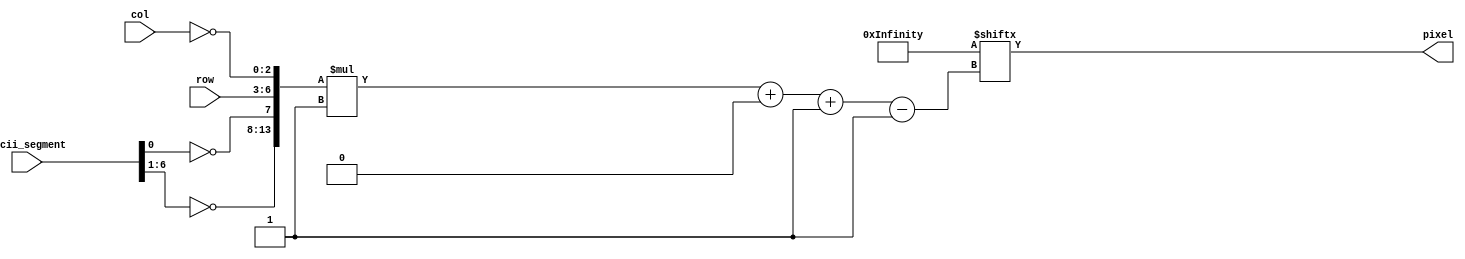
/*
   This file was generated automatically by Alchitry Labs version 1.1.5.
   Do not edit this file directly. Instead edit the original Lucid source.
   This is a temporary file and any changes made to it will be destroyed.
*/

module vga_0816_rom_007f_28 (
    input [6:0] ascii_segment,
    input [3:0] row,
    input [2:0] col,
    output reg pixel
  );
  
  
  
  localparam ROM007F = 16384'h00000000000000000000000000000000000000007e818199bd8181a5817e0000000000007effffe7c3ffffdbff7e00000000000010387cfefefefe6c00000000000000000010387cfe7c381000000000000000003c1818e7e7e73c3c18000000000000003c18187effff7e3c18000000000000000000183c3c18000000000000ffffffffffffe7c3c3e7ffffffffffff00000000003c664242663c0000000000ffffffffffc399bdbd99c3ffffffffff0000000078cccccccc78321a0e1e00000000000018187e183c666666663c000000000000e0f070303030303f333f0000000000c0e6e767636363637f637f0000000000001818db3ce73cdb18180000000000000080c0e0f0f8fef8f0e0c080000000000002060e1e3efe3e1e0e0602000000000000183c7e1818187e3c18000000000000666600666666666666660000000000001b1b1b1b1b7bdbdbdb7f00000000007cc60c386cc6c66c3860c67c0000000000fefefefe0000000000000000000000007e183c7e1818187e3c18000000000000181818181818187e3c18000000000000183c7e181818181818180000000000000000180cfe0c1800000000000000000000003060fe60300000000000000000000000fec0c0c00000000000000000000000002466ff662400000000000000000000fefe7c7c3838100000000000000000001038387c7cfefe0000000000000000000000000000000000000000000000001818001818183c3c3c18000000000000000000000000002466666600000000006c6cfe6c6c6cfe6c6c000000000018187cc68606067cc0c2c67c18180000000086c66030180cc6c2000000000000000076ccccccdc76386c6c38000000000000000000000000006030303000000000000c18303030303030180c00000000000030180c0c0c0c0c0c18300000000000000000663cff3c66000000000000000000000018187e181800000000000000003018181800000000000000000000000000000000007e00000000000000000000001818000000000000000000000000000080c06030180c060200000000000000007cc6c6e6f6decec6c67c0000000000007e181818181818783818000000000000fec6c06030180c06c67c0000000000007cc60606063c0606c67c0000000000001e0c0c0cfecc6c3c1c0c0000000000007cc6060606fcc0c0c0fe0000000000007cc6c6c6c6fcc0c0603800000000000030303030180c0606c6fe0000000000007cc6c6c6c67cc6c6c67c000000000000780c0606067ec6c6c67c0000000000000018180000001818000000000000000030181800000018180000000000000000060c18306030180c06000000000000000000007e00007e0000000000000000006030180c060c183060000000000000001818001818180cc6c67c0000000000007cc0dcdededec6c6c67c000000000000c6c6c6c6fec6c66c3810000000000000fc666666667c666666fc0000000000003c66c2c0c0c0c0c2663c000000000000f86c6666666666666cf8000000000000fe6662606878686266fe000000000000f06060606878686266fe0000000000003a66c6c6dec0c0c2663c000000000000c6c6c6c6c6fec6c6c6c60000000000003c18181818181818183c00000000000078cccccc0c0c0c0c0c1e000000000000e666666c78786c6666e6000000000000fe6662606060606060f0000000000000c3c3c3c3c3dbffffe7c3000000000000c6c6c6c6cedefef6e6c60000000000007cc6c6c6c6c6c6c6c67c000000000000f0606060607c666666fc000000000e0c7cded6c6c6c6c6c6c67c000000000000e66666666c7c666666fc0000000000007cc6c6060c3860c6c67c0000000000003c18181818181899dbff0000000000007cc6c6c6c6c6c6c6c6c6000000000000183c66c3c3c3c3c3c3c30000000000006666ffdbdbc3c3c3c3c3000000000000c3c3663c18183c66c3c30000000000003c181818183c66c3c3c3000000000000ffc3c16030180c86c3ff0000000000003c30303030303030303c00000000000002060e1c3870e0c080000000000000003c0c0c0c0c0c0c0c0c3c0000000000000000000000000000c66c38100000ff00000000000000000000000000000000000000000000000000001830300000000076cccccc7c0c780000000000000000007c666666666c786060e00000000000007cc6c0c0c0c67c00000000000000000076cccccccc6c3c0c0c1c0000000000007cc6c0c0fec67c000000000000000000f060606060f060646c3800000078cc0c7ccccccccccc76000000000000000000e666666666766c6060e00000000000003c1818181818380018180000003c66660606060606060e000606000000000000e6666c78786c666060e00000000000003c181818181818181838000000000000dbdbdbdbdbffe6000000000000000000666666666666dc0000000000000000007cc6c6c6c6c67c000000000000f060607c6666666666dc0000000000001e0c0c7ccccccccccc76000000000000000000f06060606676dc0000000000000000007cc60c3860c67c0000000000000000001c3630303030fc30301000000000000076cccccccccccc000000000000000000183c66c3c3c3c300000000000000000066ffdbdbc3c3c3000000000000000000c3663c183c66c3000000000000f80c067ec6c6c6c6c6c6000000000000000000fec6603018ccfe0000000000000000000e18181818701818180e0000000000001818181818001818181800000000000070181818180e181818700000000000000000000000000000dc7600000000000000fec6c6c66c381000000000;
  
  always @* begin
    pixel = ROM007F[({~ascii_segment[1+5-:6], ~ascii_segment[0+0-:1], row, ~col})*1+0-:1];
  end
endmodule